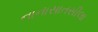
નાનાસાતસીલા